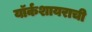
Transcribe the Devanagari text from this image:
यॉर्कशायराची